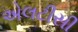
એલટીસી